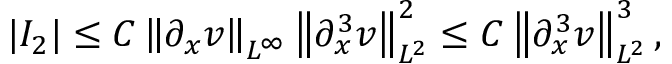
\begin{array} { r } { | I _ { 2 } | \leq C \left\| \partial _ { x } v \right\| _ { L ^ { \infty } } \left\| \partial _ { x } ^ { 3 } v \right\| _ { L ^ { 2 } } ^ { 2 } \leq C \left\| \partial _ { x } ^ { 3 } v \right\| _ { L ^ { 2 } } ^ { 3 } , } \end{array}